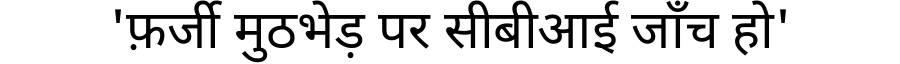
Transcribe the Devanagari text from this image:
'फ़र्जी मुठभेड़ पर सीबीआई जाँच हो'